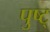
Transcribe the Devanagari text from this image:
पुष्ट्